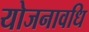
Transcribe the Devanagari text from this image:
योजनावधि